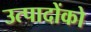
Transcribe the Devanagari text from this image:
उत्पादोंको